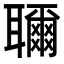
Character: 𬚨